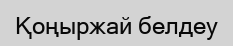
Қоңыржай белдеу